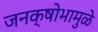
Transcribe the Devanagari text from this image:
जनक्षोभामुळे